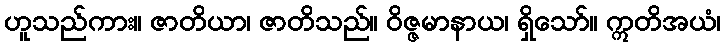
ဟူသည်ကား။ ဇာတိယာ၊ ဇာတိသည်။ ဝိဇ္ဇမာနာယ၊ ရှိသော်။ ဣတိအယံ၊